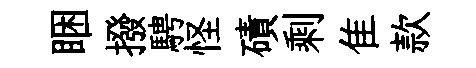
睏撥騁怪磧剩隹款